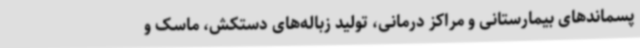
پسماندهای بیمارستانی و مراکز درمانی، تولید زباله‌های دستکش، ماسک و